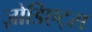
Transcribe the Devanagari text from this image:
ज़ोडिएट्स